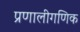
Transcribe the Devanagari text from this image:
प्रणालीगणिक